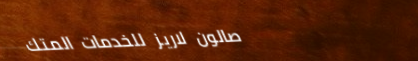
صالون لاريز للخدمات المتك